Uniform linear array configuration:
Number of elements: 64
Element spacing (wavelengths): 0.25
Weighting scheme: cosine
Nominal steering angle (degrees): -30
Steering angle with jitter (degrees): -29.094
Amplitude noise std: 0.05
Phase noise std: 0.05

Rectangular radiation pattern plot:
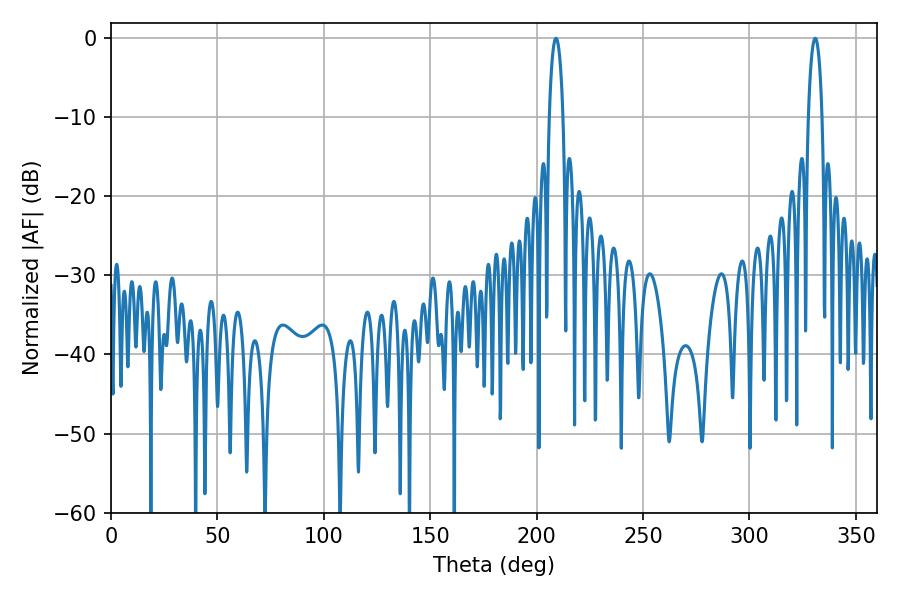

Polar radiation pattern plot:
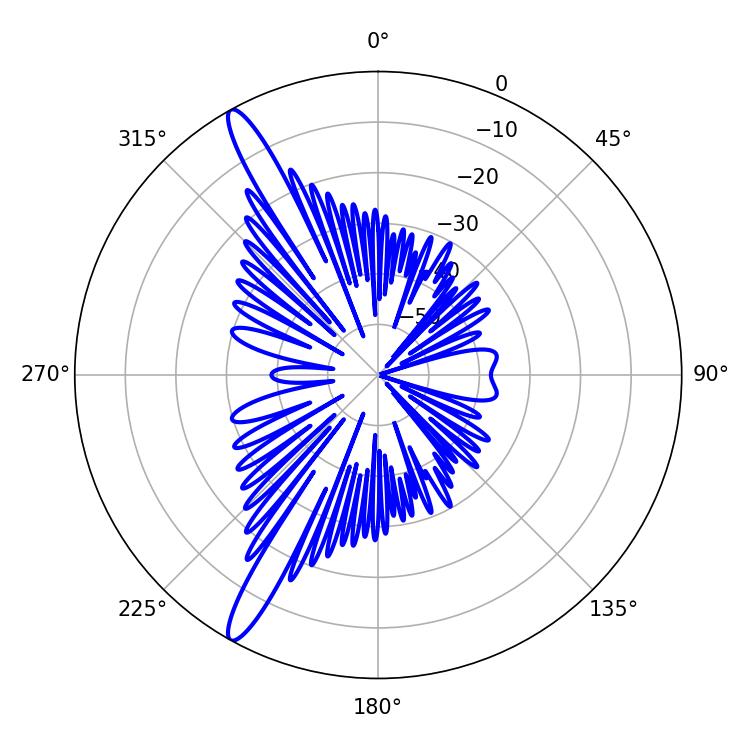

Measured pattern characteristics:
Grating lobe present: FALSE
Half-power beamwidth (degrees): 3.6
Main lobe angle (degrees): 330.84